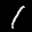
Label: 1